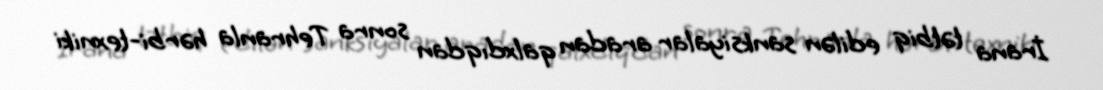
İrana tətbiq edilən sanksiyalar aradan qalxdıqdan sonra Tehranla hərbi-texniki